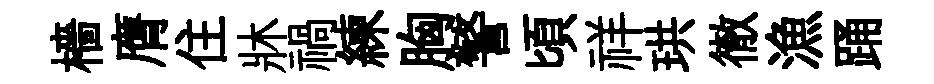
檣膺住牀禍練胸警頃祥珙徹漁踊